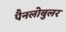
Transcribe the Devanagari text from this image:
पैनलोबुलर